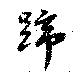
蹄